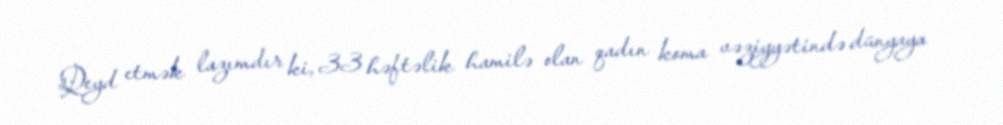
Qeyd etmək lazımdır ki, 33 həftəlik hamilə olan qadın koma vəziyyətində dünyaya